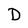
Character: D